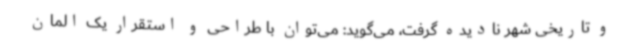
و تاریخی شهر نادیده گرفت، می‌گوید: می‌توان با طراحی و استقرار یک المان